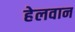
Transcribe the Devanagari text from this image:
हेलवान